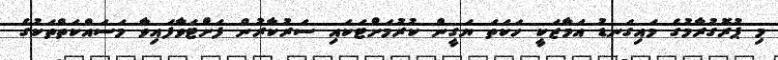
މި ޕުރޮގުރާމުގެ މައިގަނޑު އަމާޒަކީ ހަކަތަ ޔަގީން ކުރުމަށްޓަކައި ސަރުކާރުން ފަށްޓަވާފައިވާ މަސައްކަތްތަކުގެ